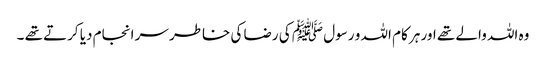
وہ اللہ والے تھے اور ہر کام اللہ و رسول ﷺ کی رضا کی خاطر سر انجام دیا کرتے تھے ۔